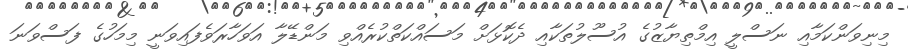
މިނިވަންކަމާއި ނަސްލީ އިމްތިޔާޒުގެ އުސޫލުތަކާއި ދެކޮޅަށް މަސައްކަތްކުރެއްވި މަންޑޭލާ އަވަހާރަވެފައިވަނީ މިމަހުގެ ފަސްވަނަ